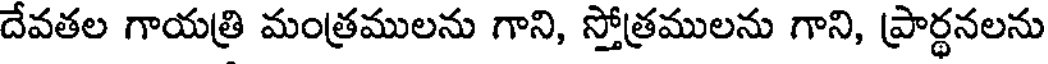
దేవతల గాయత్రి మంత్రములను గాని, స్తోత్రములను గాని, ప్రార్థనలను